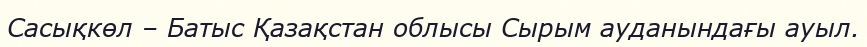
Сасықкөл – Батыс Қазақстан облысы Сырым ауданындағы ауыл.